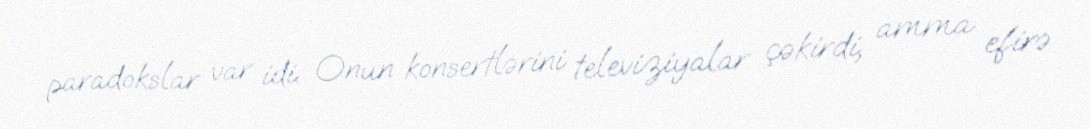
paradokslar var idi. Onun konsertlərini televiziyalar çəkirdi, amma efirə